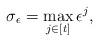
LaTeX: \begin{align*}\sigma_{\epsilon} = \max_{j \in [t]} \epsilon^j,\end{align*}